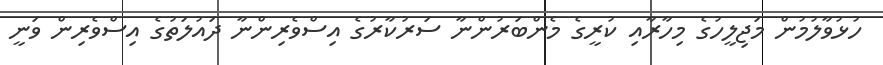
ހުޅުވާލުމުން މަޖިލީހުގެ މިހާރާއި ކުރީގެ މެންބަރުންނާ ސަރުކާރުގެ އިސްވެރިންނާ ދައުލަތުގެ އިސްވެރިން ވަނީ